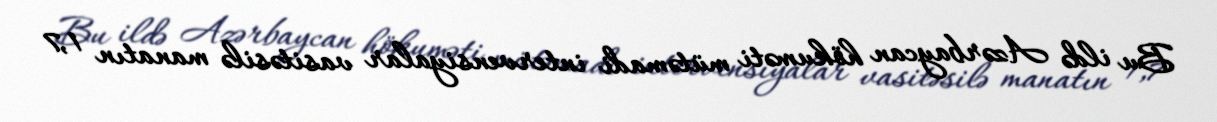
Bu ildə Azərbaycan hökuməti mütəmadi intervensiyalar vasitəsilə manatın 1,7